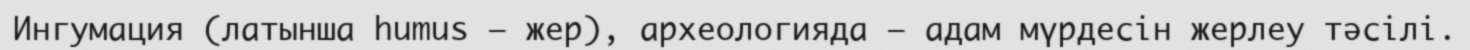
Ингумация (латынша humus – жер), археологияда – адам мүрдесін жерлеу тәсілі.